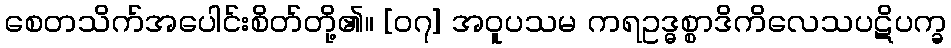
စေတသိက်အပေါင်းစိတ်တို့၏။ [၀၇] အဝူပသမ ကရဥဒ္ဓစ္စာဒိကိလေသပဋိပက္ခ